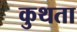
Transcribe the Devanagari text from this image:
कुथता